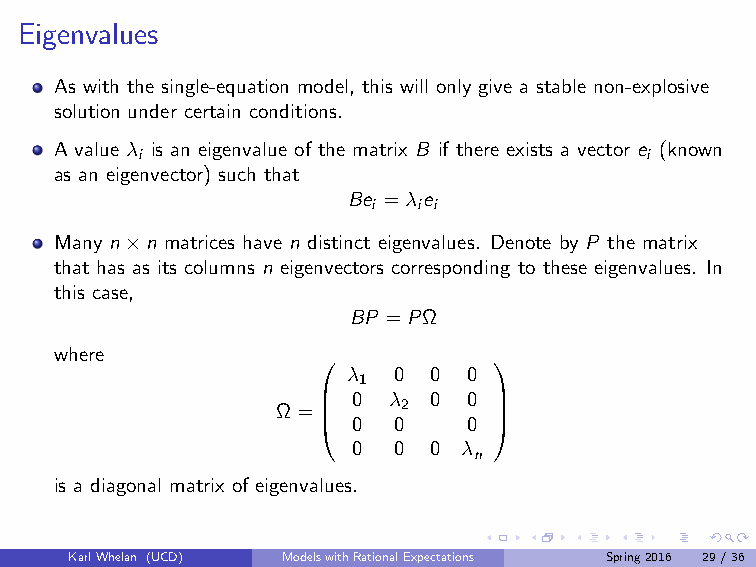
Eigenvalues
 As with the single-equation model, this will only give a stable non-explosive
 solution under certain conditions.
 A value λ is an eigenvalue of the matrix B if there exists a vector e (known
 i                                 i
 as an eigenvector) such that
 Be =λe
 i  i i
 Many n×n matrices have n distinct eigenvalues. Denote by P the matrix
 that has as its columns n eigenvectors corresponding to these eigenvalues. In
 this case,
 BP =PΩ
 where
            
 λ  0 0  0
 1
 Ω=
 
 0  λ 2 0 0 
 
  0  0    0 
 0  0 0  λ
 n
 is a diagonal matrix of eigenvalues.
 KarlWhelan (UCD) ModelswithRationalExpectations Spring2016 29/36